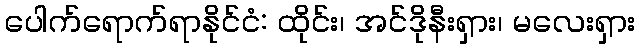
ပေါက်ရောက်ရာနိုင်ငံ: ထိုင်း၊ အင်ဒိုနီးရှား၊ မလေးရှား